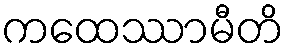
ကထေဿာမီတိ